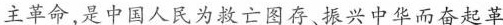
主革命，是中国人民为救亡图存、振兴中华而奋起革